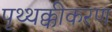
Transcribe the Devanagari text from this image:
पृथ्थक्कीकरण